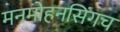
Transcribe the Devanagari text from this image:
मनमोहनसिंगच